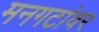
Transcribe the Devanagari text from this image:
मनगटांवर